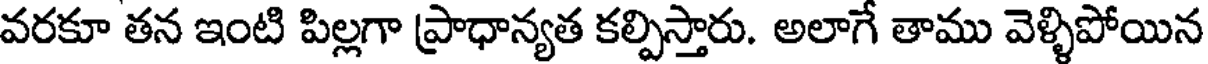
వరకూ తన ఇంటి పిల్లగా ప్రాధాన్యత కల్పిస్తారు. అలాగే తాము వెళ్ళిపోయిన